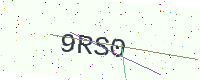
Text: 9RS0